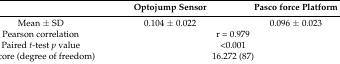
|  | Optojump Sensor | Pasco force Platform |
 | --- | --- | --- |
 | Mean ± SD | 0.104 ± 0.022 | 0.096 ± 0.023 |
 | Pearson correlation | <COLSPAN=2> r = 0.979 |
 | Paired t-test p value | <COLSPAN=2> <0.001 |
 | T score (degree of freedom) | <COLSPAN=2> 16.272 (87) |